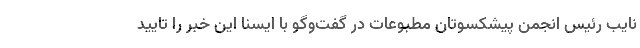
نایب رئیس انجمن پیشکسوتان مطبوعات در گفت‌وگو با ایسنا این خبر را تایید